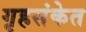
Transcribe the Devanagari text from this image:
गृहसंकेत